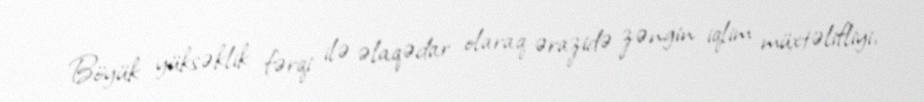
Böyük yüksəklik fərqi ilə əlaqədar olaraq ərazidə zəngin iqlim müxtəlifliyi,